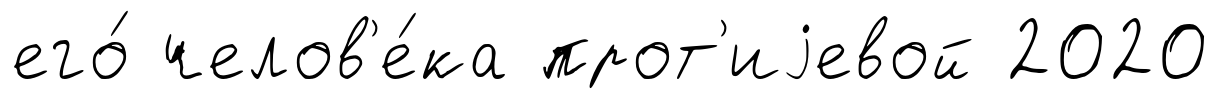
его́ челов'е́ка прот'иjевой 2020